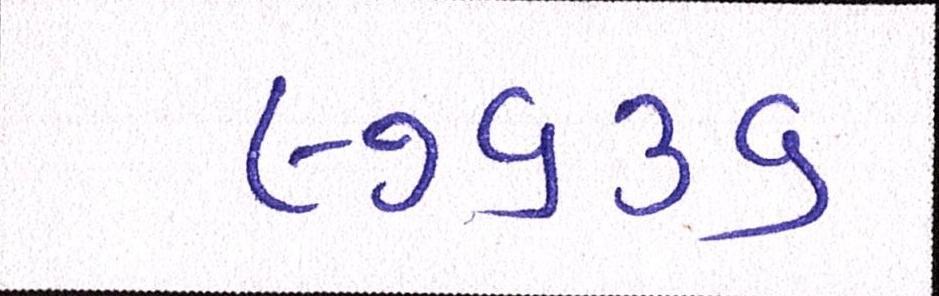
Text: ૯૭૬૩૬